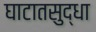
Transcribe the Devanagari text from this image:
घाटातसुद्धा